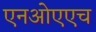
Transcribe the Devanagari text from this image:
एनओएएच